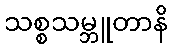
သစ္စသမ္ဘူတာနိ